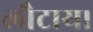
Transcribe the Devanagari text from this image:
लौटाय।